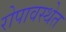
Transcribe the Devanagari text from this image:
रोपावस्थेत